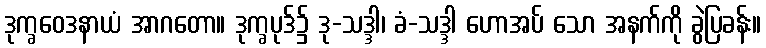
ဒုက္ခဝေဒနာယံ အာဂတော။ ဒုက္ခပုဒ်၌ ဒု-သဒ္ဒါ၊ ခံ-သဒ္ဒါ ဟောအပ် သော အနက်ကို ခွဲပြခန်း။